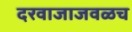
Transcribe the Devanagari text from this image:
दरवाजाजवळच